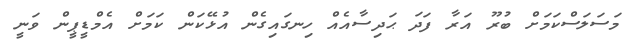
މަސަލަސްކަމަށް ބުރޫ އަރާ ފަދަ ޙަދިސާއެއް ހިނގައިގެން އުޅޭކަން ކަމަށް އެމްޑީޕީން ވަނީ